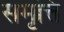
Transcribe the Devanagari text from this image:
समृत्ति